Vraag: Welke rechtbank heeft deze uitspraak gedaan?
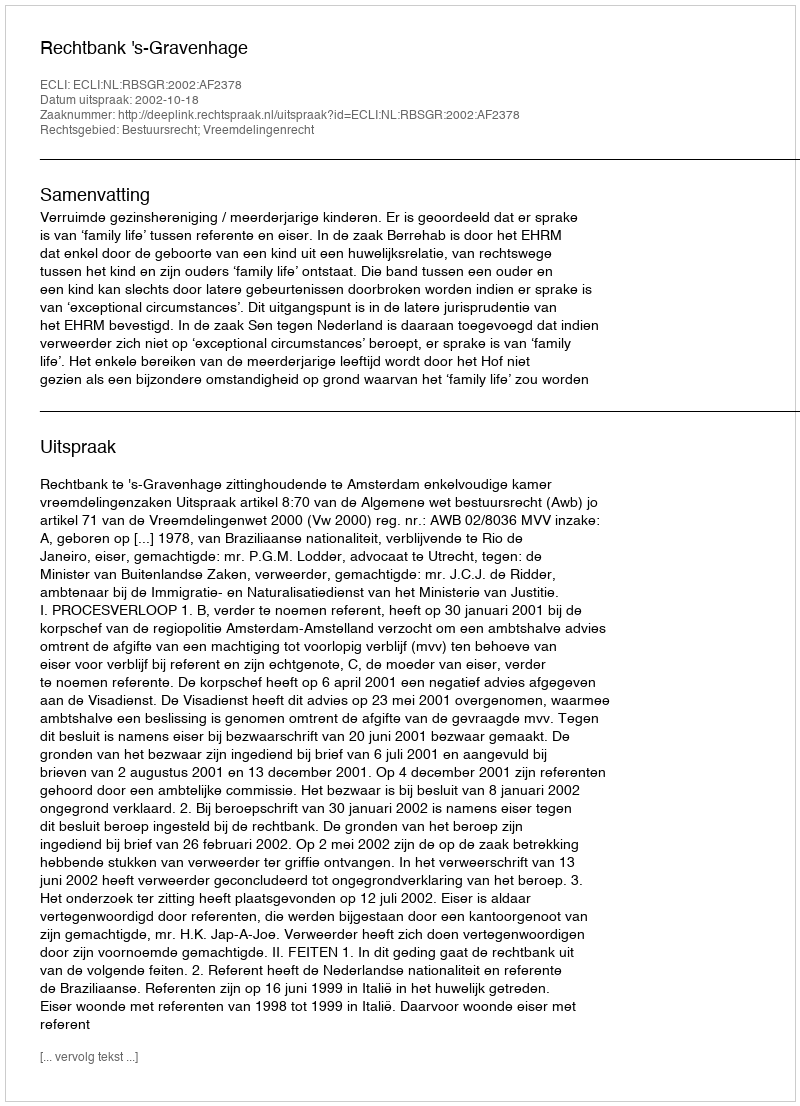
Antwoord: Rechtbank 's-Gravenhage